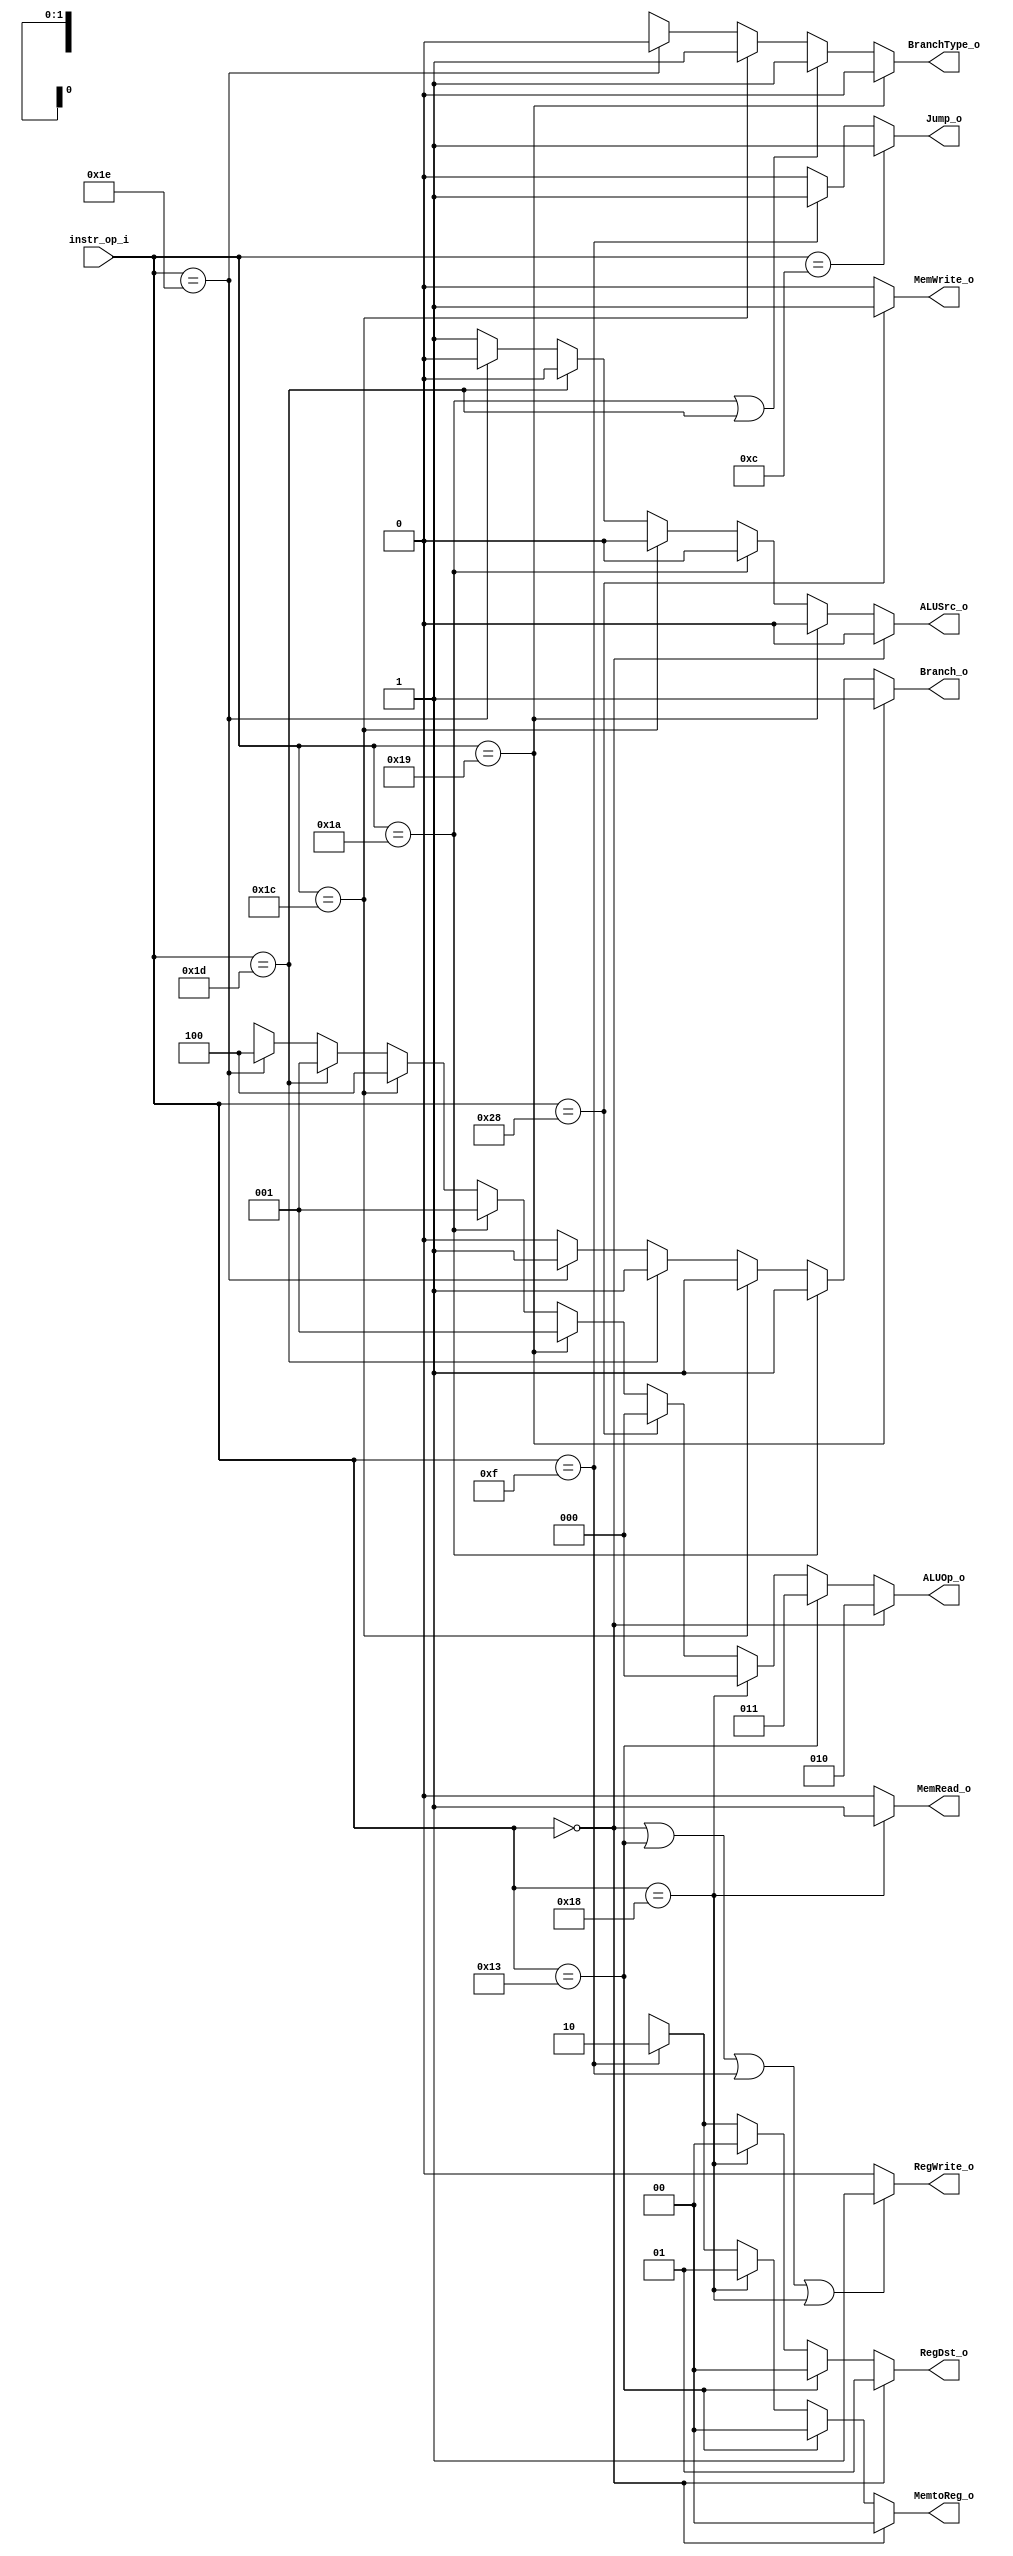
module Decoder (
    instr_op_i,
    RegWrite_o,
    ALUOp_o,
    ALUSrc_o,
    RegDst_o,
    Jump_o,
    Branch_o,
    BranchType_o,
    MemRead_o,
    MemWrite_o,
    MemtoReg_o
);

  //I/O ports
  input [6-1:0] instr_op_i;

  output RegWrite_o;
  output [3-1:0] ALUOp_o;
  output ALUSrc_o;
  output [2-1:0] RegDst_o;
  output Jump_o;
  output Branch_o;
  output BranchType_o;
  output MemRead_o;
  output MemWrite_o;
  output [2-1:0] MemtoReg_o;

  //Internal Signals
  wire RegWrite_o;
  wire [3-1:0] ALUOp_o;
  wire ALUSrc_o;
  wire [2-1:0] RegDst_o;
  wire Jump_o;
  wire Branch_o;
  wire BranchType_o;
  wire MemRead_o;
  wire MemWrite_o;
  wire [2-1:0] MemtoReg_o;

  //Main function
  /*your code here*/
  
  assign RegWrite_o = (instr_op_i == 6'b000000) || // R-type
                      (instr_op_i == 6'b010011) || // addi
                      (instr_op_i == 6'b001111) || // jal
                      (instr_op_i == 6'b011000) ? 1'b1 : 1'b0; // lw

  assign ALUOp_o[2:0] = (instr_op_i == 6'b000000) ? 3'b010 : // R-type
                        (instr_op_i == 6'b010011) ? 3'b011 : // addi
                        (instr_op_i == 6'b011000) ? 3'b000 : // lw
                        (instr_op_i == 6'b101000) ? 3'b000 : // sw
                        (instr_op_i == 6'b011001) ? 3'b001 : // beq
                        (instr_op_i == 6'b011010) ? 3'b001 : // bne
                        (instr_op_i == 6'b011100) ? 3'b100 : // blt
                        (instr_op_i == 6'b011101) ? 3'b001 : // bnez
                        (instr_op_i == 6'b011110) ? 3'b100 : // bgez
                                                    3'bxxx;

  assign ALUSrc_o = (instr_op_i == 6'b000000) ? 1'b0 : // R-type
                    (instr_op_i == 6'b011001) ? 1'b0 : // beq
                    (instr_op_i == 6'b011010) ? 1'b0 : // bne
                    (instr_op_i == 6'b011100) ? 1'b0 : // blt
                    (instr_op_i == 6'b011101) ? 1'b0 : // bnez
                    (instr_op_i == 6'b011110) ? 1'b0 : // bgez
                                                1'b1;  // others

  assign RegDst_o = (instr_op_i == 6'b000000) ? 2'b01 : // R-type
                    (instr_op_i == 6'b010011) ? 2'b00 : // addi
                    (instr_op_i == 6'b011000) ? 2'b00 : // lw
                    (instr_op_i == 6'b001111) ? 2'b10 : // jal
                                                2'bxx;  // others

  assign MemtoReg_o = (instr_op_i == 6'b000000) ? 2'b00 : // R-type
                      (instr_op_i == 6'b010011) ? 2'b00 : // addi
                      (instr_op_i == 6'b011000) ? 2'b01 : // lw
                      (instr_op_i == 6'b001111) ? 2'b10 : // jal
                                                  2'bxx;  // others

  assign Jump_o = (instr_op_i == 6'b001100) ? 1'b1 : // jump
                  (instr_op_i == 6'b001111) ? 1'b1 : // jal
                                              1'b0;  // others
  
  assign Branch_o = (instr_op_i == 6'b011001) ? 1'b1 : // beq
                    (instr_op_i == 6'b011010) ? 1'b1 : // bne
                    (instr_op_i == 6'b011100) ? 1'b1 : // blt
                    (instr_op_i == 6'b011101) ? 1'b1 : // bnez
                    (instr_op_i == 6'b011110) ? 1'b1 : // bgez
                                                1'b0;
  
  assign BranchType_o = (instr_op_i == 6'b011001) ? 1'b0 : // beq
                        (instr_op_i == 6'b011010 || instr_op_i == 6'b011101) ? 1'b1 : // bne, bnez
                        (instr_op_i == 6'b011100) ? 1'b1 : // blt
                        (instr_op_i == 6'b011110) ? 1'b0 : // bgez
                                                    1'bx; // no branch

  assign MemWrite_o = (instr_op_i == 6'b101000) ? 1'b1:1'b0; // sw/not_sw
  assign MemRead_o = (instr_op_i == 6'b011000) ? 1'b1:1'b0;  // lw/not_lw

endmodule